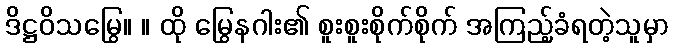
ဒိဋ္ဌဝိသမြွေ။ ။ ထို မြွေနဂါး၏ စူးစူးစိုက်စိုက် အကြည့်ခံရတဲ့သူမှာ